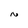
Character: N